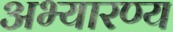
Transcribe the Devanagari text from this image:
अभ्यारण्‍य